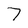
Character: 7